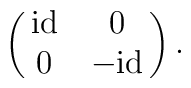
\pmatrix{{\rm id} & 0\cr 0 & {\rm -id}\cr}.